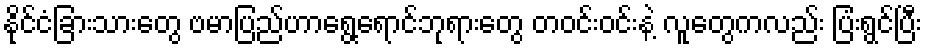
နိုင်ငံခြားသားတွေ ဗမာပြည်ဟာရွေ့ရောင်ဘုရားတွေ တဝင်းဝင်းနဲ့ လူတွေကလည်း ပြံးရွင်ပြီး